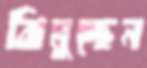
ঝিমুচ্ছেন